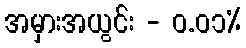
အမှားအယွင်း - ၀.၀၁%